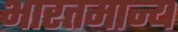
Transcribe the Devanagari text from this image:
भारतमान्य